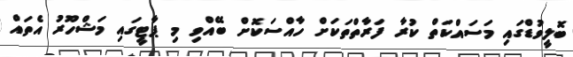
ބޮލީވުޑްގައި މަސައްކަތް ކުރާ ފަރާތްތަކަށް ހާއްސަކޮށް ބޭއްވި މި ޕާޓީގައި މަޝްހޫރު އެތައް